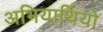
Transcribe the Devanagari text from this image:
अभियार्थियो